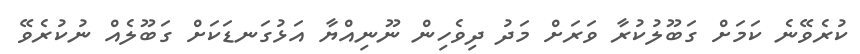
ކުރެވޭނެ ކަމަށް ގަބޫލުކުރާ ވަރަށް މަދު ދިވެހިން ނޫނިއްޔާ އަޅުގަނޑަކަށް ގަބޫލެއް ނުކުރެވޭ